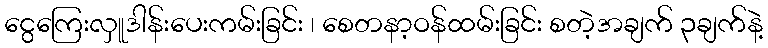
ငွေကြေးလှူဒါန်းပေးကမ်းခြင်း ၊ စေတနာ့ဝန်ထမ်းခြင်း စတဲ့အချက် ၃ချက်နဲ့